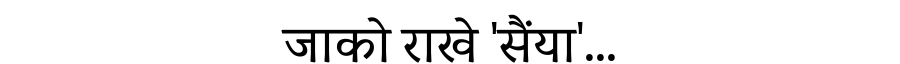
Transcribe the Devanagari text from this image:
जाको राखे 'सैंया'...